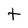
Character: t